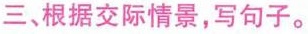
三、根据交际情景，写句子。